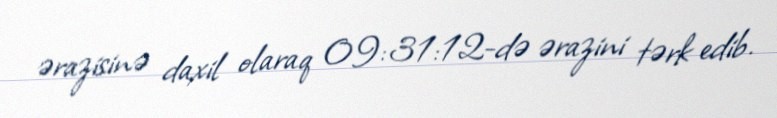
ərazisinə daxil olaraq 09:31:12-də ərazini tərk edib.